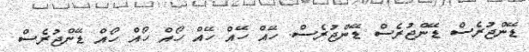
ޑޭންޖުރެސް ޑޭންޖުރެސް ޑޭންޖުރެސް. ހޭއް ހޭއް ހޭއް ހޯއް ހޯއް ހޯއް ޑޭންޖުރެސް